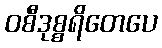
ဝစီဒုစ္စရိတေပေ